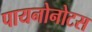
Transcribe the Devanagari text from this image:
पायनोनोटस